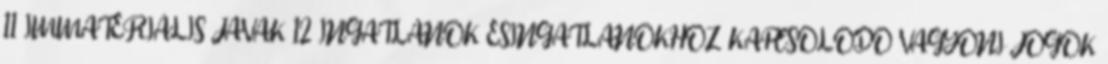
11 IMMATERIÁLIS JAVAK 12 INGATLANOK ÉSINGATLANOKHOZ KAPCSOLÓDÓ VAGYONI JOGOK